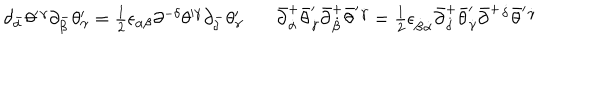
\begin{array} { l l } { { \partial _ { \alpha } ^ { - } \theta ^ { \prime } { } ^ { \gamma } \partial _ { \beta } ^ { - } \theta _ { \gamma } ^ { \prime } = \textstyle { \frac { 1 } { 2 } } \epsilon _ { \alpha \beta } \partial ^ { - \delta } \theta ^ { \prime \gamma } \partial _ { \delta } ^ { - } \theta _ { \gamma } ^ { \prime } ~ ~ } } & { { ~ \bar { \partial } _ { \dot { \alpha } } ^ { + } \bar { \theta } _ { \dot { \gamma } } ^ { \prime } \bar { \partial } _ { \dot { \beta } } ^ { + } \bar { \theta } ^ { \prime } { } ^ { \dot { \gamma } } = \textstyle { \frac { 1 } { 2 } } \epsilon _ { \dot { \beta } \dot { \alpha } } \bar { \partial } _ { \dot { \delta } } ^ { + } \bar { \theta } _ { \dot { \gamma } } ^ { \prime } \bar { \partial } ^ { + } { } ^ { \dot { \delta } } \bar { \theta } ^ { \prime } { } ^ { \dot { \gamma } } } } \\ \end{array}